Indian journal of veterinary science and animal husbandry - Volume 3,
Year: 1933
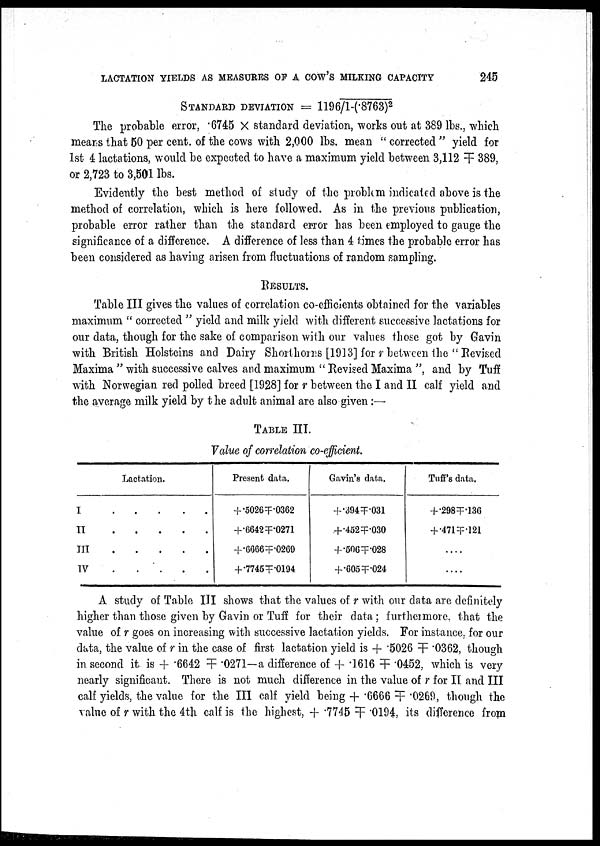
LACTATION YIELDS AS MEASURES OF A COW'S MILKING CAPACITY
245
STANDARD DEVIATION = 1196/1-(.8763) 2
The probable error, .6745 × standard deviation, works out at 389 lbs., which
means that 50 per cent. of the cows with 2,000 lbs. mean " corrected " yield for
1st 4 lactations, would be expected to have a maximum yield between 3,112 ╤ 389,
or 2,723 to 3,501 lbs.
Evidently the best method of study of the problem indicated above is the
method of correlation, which is here followed. As in the previous publication,
probable error rather than the standard error has been employed to gauge the
significance of a difference. A difference of less than 4 times the probable error has
been considered as having arisen from fluctuations of random sampling.
RESULTS.
Table III gives the values of correlation co-efficients obtained for the variables
maximum " corrected " yield and milk yield with different successive lactations for
our data, though for the sake of comparison with our values those got by Gavin
with British Holsteins and Dairy Shorthorns [1913] for r between the " Revised
Maxima " with successive calves and maximum " Revised Maxima ", and by Tuff
with Norwegian red polled breed [1928] for r between the I and II calf yield and
the average milk yield by the adult animal are also given:—
TABLE III.
Value of correlation co-efficient.
Lactation.
I
II
III
IV
Present data.
+.5026 ╤.0362
+.6642.╤.0271
+.6666╤.0269
+.7745 ╤.0194
Gavin's data.
+ .394 ╤.031
+.452 ╤ .030
+.506 ╤.028
+.605 ╤.024
Tuff's data.
+ .298╤.136
+ .471╤.121
....
....
A study of Table III shows that the values of r with our data are definitely
higher than those given by Gavin or Tuff for their data ; furthermore, that the
value of r goes on increasing with successive lactation yields. For instance, for our
data, the value of r in the case of first lactation yield is + .5026 ╤.0362, though
in second it is +.6642 ╤ .0271—a difference of + .1616 ╤ .0452, which is very
nearly significant. There is not much difference in the value of r for II and III
calf yields, the value for the III calf yield being + .6666 ╤.0269, though the
value of r with the 4th calf is the highest, + .7745 ╤.0194, its difference from